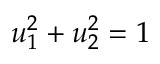
u _ { 1 } ^ { 2 } + u _ { 2 } ^ { 2 } = 1